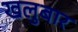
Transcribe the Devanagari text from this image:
खलुबार